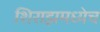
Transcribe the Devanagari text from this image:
शिराझमध्येच